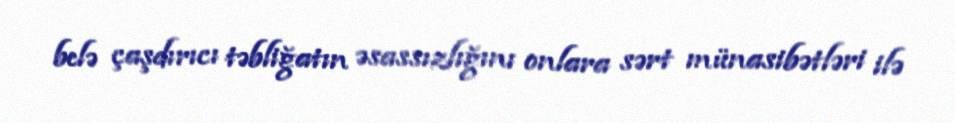
belə çaşdırıcı təbliğatın əsassızlığını onlara sərt münasibətləri ilə